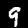
Digit: 9